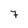
Character: 7